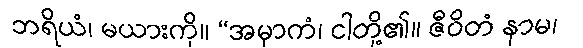
ဘရိယံ၊ မယားကို။ “အမှာကံ၊ ငါတို့၏။ ဇီဝိတံ နာမ၊